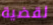
لقضية